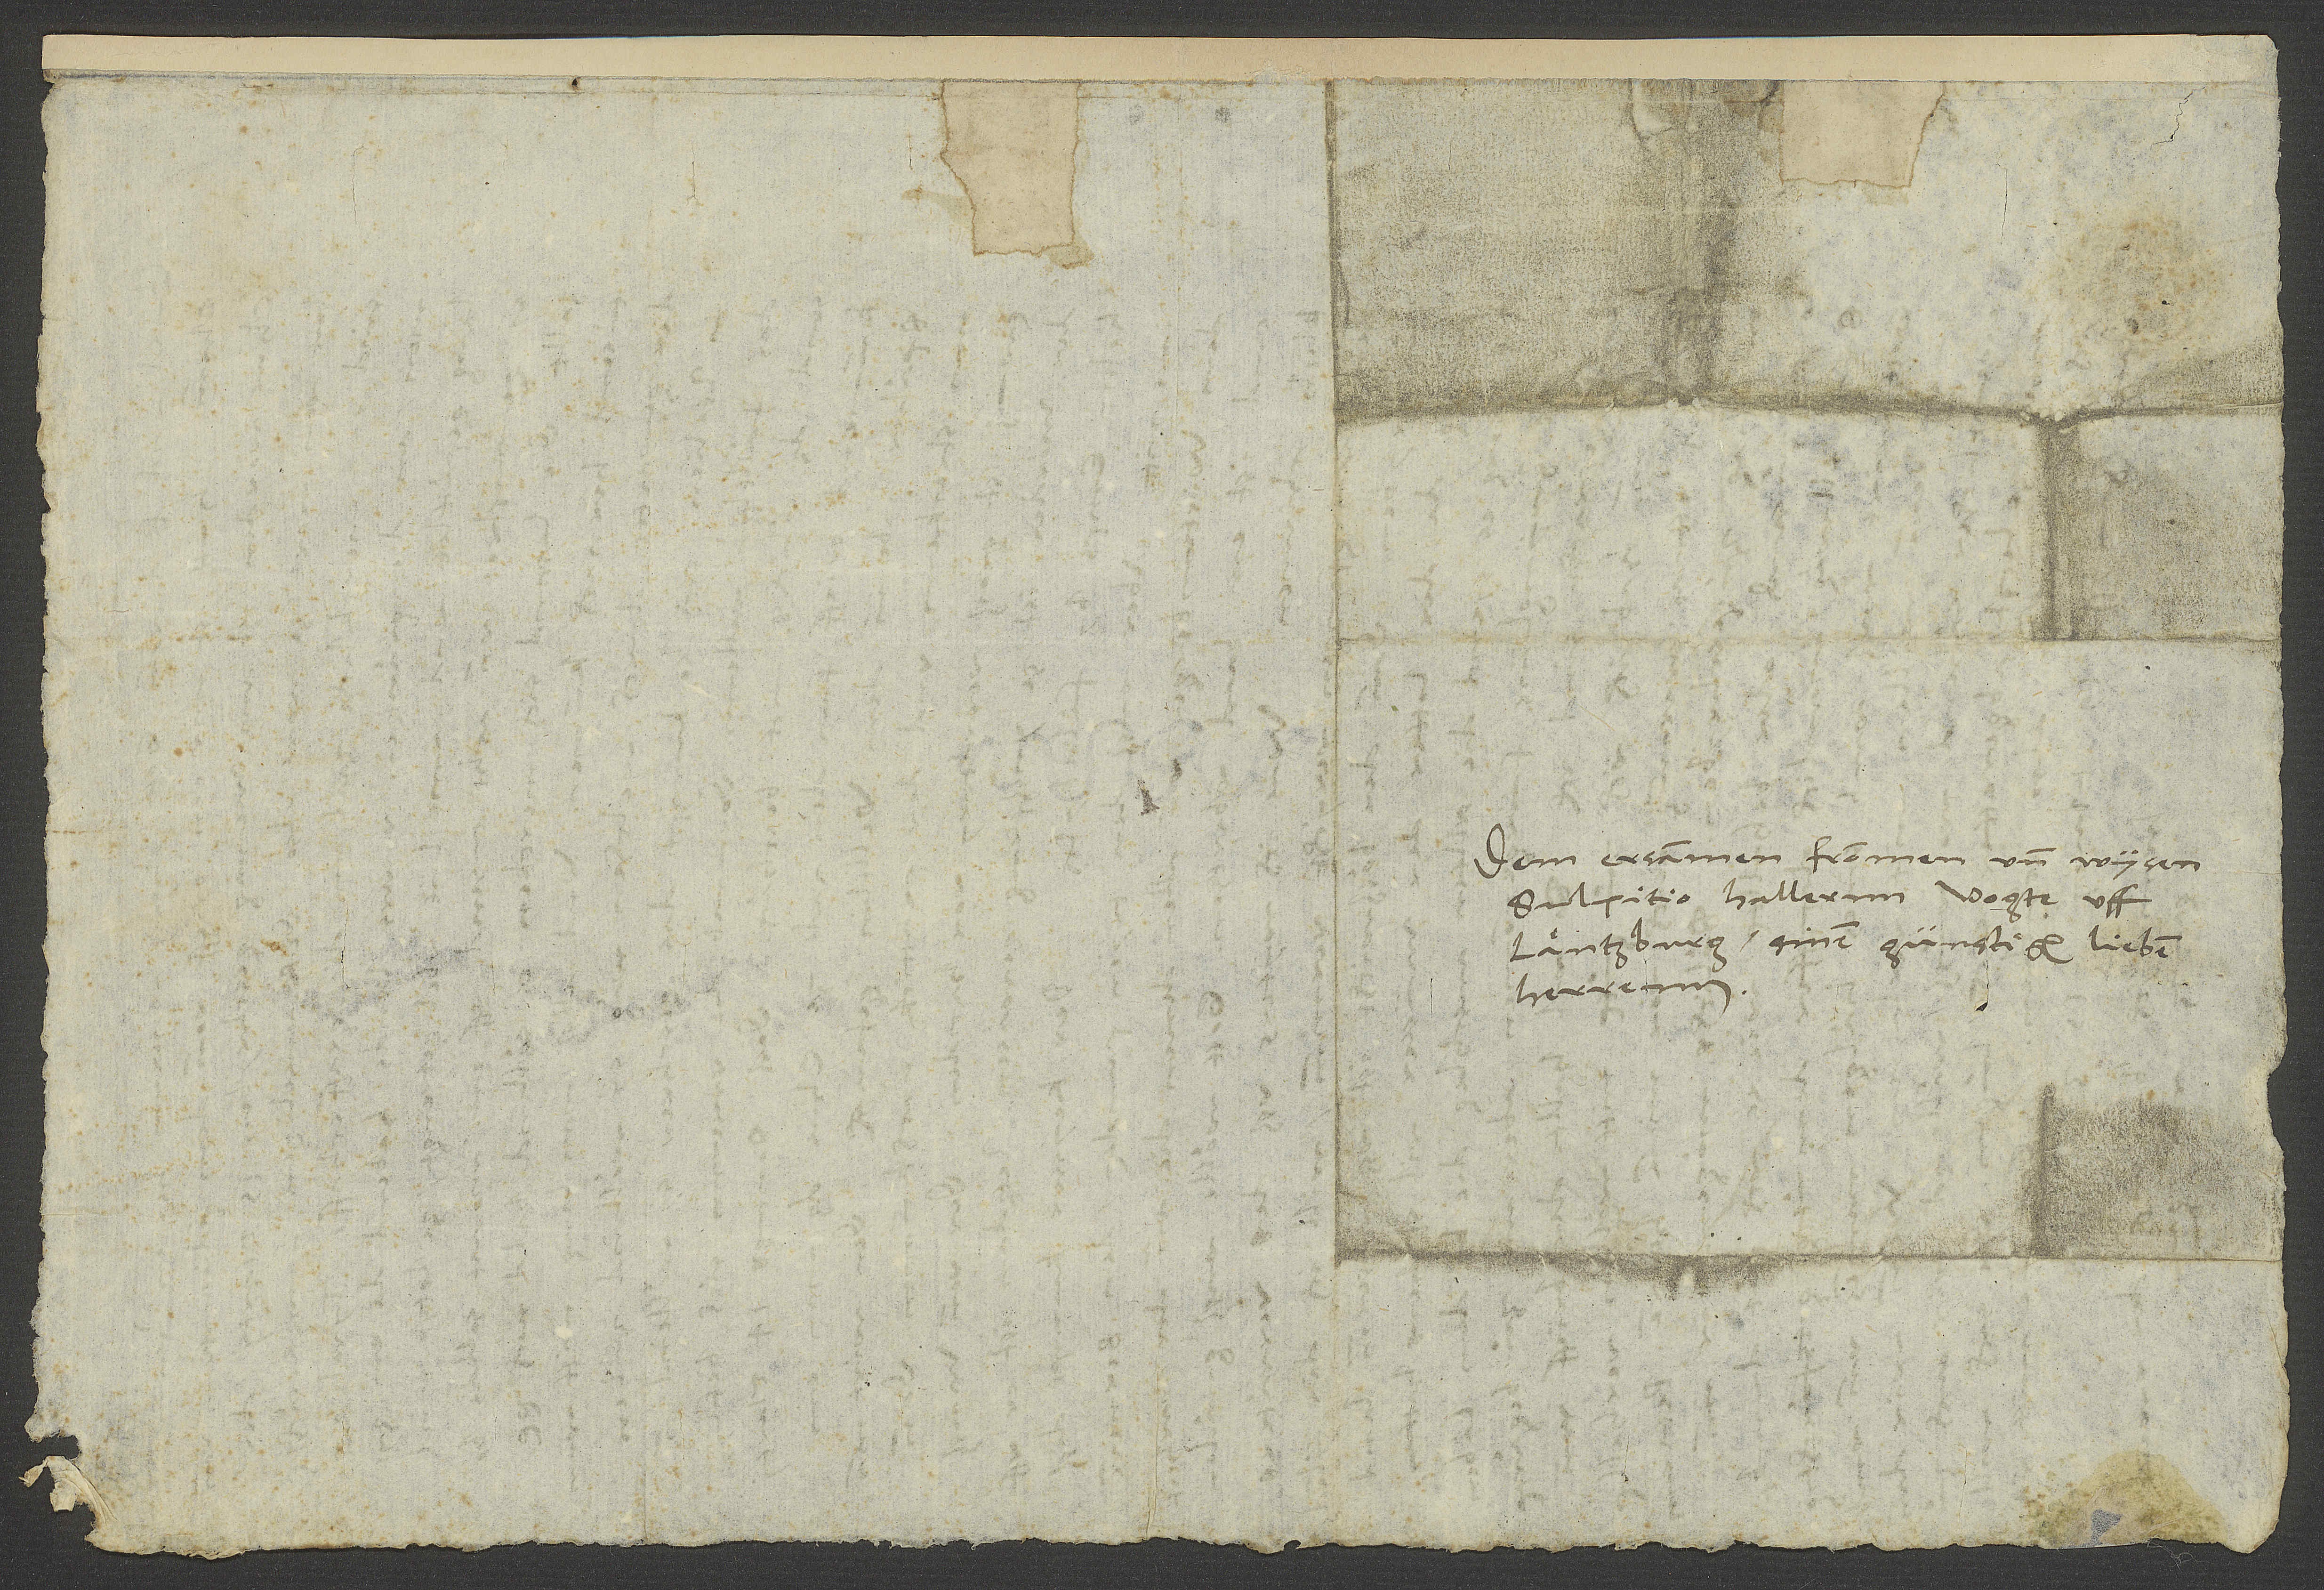
Dem ersammen, frommen und wysen
Sulpitio Hallernn, vogte uff
Läntzburg, sinem günstigen, lieben
herrenn.